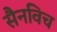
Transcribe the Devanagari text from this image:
सैनविच